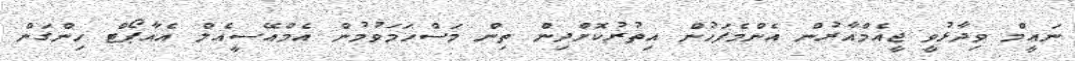
ނައީމް ވިދާޅުވީ ޖީއެމްއާރުން އެންމެފަހުން އިތުރުކޮށްދިން ތިން މަސްހަމަވުމުން އެމްއޭސީއެލް އެއާޕޯޓް ހިންގަން